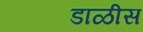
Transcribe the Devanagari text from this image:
डाळीस